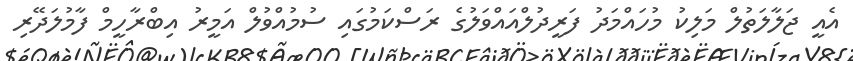
އެއީ ޖަލާލަތުލް މަލިކު މުހައްމަދު ފަރީދުލްއައްވަލުގެ ރަސްކަމުގައި ސުމުއްވުލް އަމީރު އިބްރާހީމް ފާމުލަދޭރި